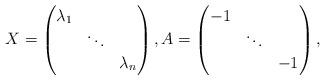
LaTeX: \begin{align*} X = \left( \begin{matrix} \lambda_1 & & \\ & \ddots & \\ & & \lambda_n \end{matrix} \right), A = \left( \begin{matrix} -1 & & \\ & \ddots & \\ & & -1 \end{matrix} \right), \end{align*}